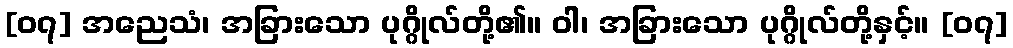
[၀၇] အညေသံ၊ အခြားသော ပုဂ္ဂိုလ်တို့၏။ ဝါ၊ အခြားသော ပုဂ္ဂိုလ်တို့နှင့်။ [၀၇]